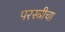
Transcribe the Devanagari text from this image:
परस्त्रीचा